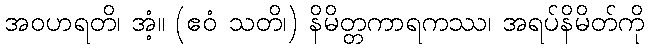
အဝဟရတိ၊ အံ့။ (ဧဝံ သတိ၊) နိမိတ္တကာရကဿ၊ အရပ်နိမိတ်ကို